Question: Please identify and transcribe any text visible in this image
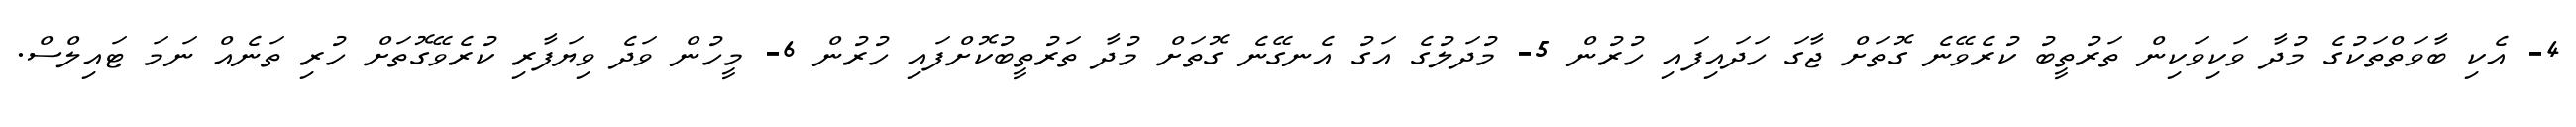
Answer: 4- އެކި ބާވަތްތަކުގެ މުދާ ވަކިވަކިން ތަރުތީބު ކުރެވޭނެ ގޮތަށް ޖާގަ ހަދައިފައި ހުރުން 5- މުދަލުގެ އަގު އެނގޭނެ ގޮތަށް މުދާ ތަރުތީބުކޮށްފައި ހުރުން 6- މީހުން ވަދެ ވިޔަފާރި ކުރެވޭގޮތަށް ހުރި ތަނެއް ނަމަ ޓައިލްސް.